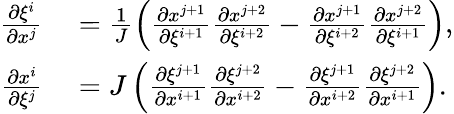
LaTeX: \begin{array}{rl}{\frac{\partial\xi^{i}}{\partial x^{j}}}&{{}=\frac{1}{J}\left(\frac{\partial x^{j+1}}{\partial\xi^{i+1}}\frac{\partial x^{j+2}}{\partial\xi^{i+2}}-\frac{\partial x^{j+1}}{\partial\xi^{i+2}}\frac{\partial x^{j+2}}{\partial\xi^{i+1}}\right),}\\ {\frac{\partial x^{i}}{\partial\xi^{j}}}&{{}=J\left(\frac{\partial\xi^{j+1}}{\partial x^{i+1}}\frac{\partial\xi^{j+2}}{\partial x^{i+2}}-\frac{\partial\xi^{j+1}}{\partial x^{i+2}}\frac{\partial\xi^{j+2}}{\partial x^{i+1}}\right).}\end{array}